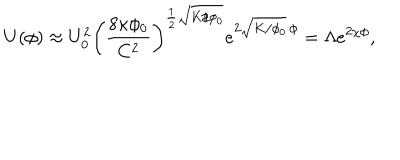
U ( \phi ) \approx U _ { 0 } ^ { 2 } \left( \frac { 8 \kappa \phi _ { 0 } } { C ^ { 2 } } \right) ^ { \frac 1 2 \sqrt { K / \phi _ { 0 } } } e ^ { 2 \sqrt { K / \phi _ { 0 } } \, \phi } = \Lambda e ^ { 2 \chi \phi } ,